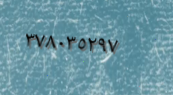
٣٧٨٠٣٥٢٩٧